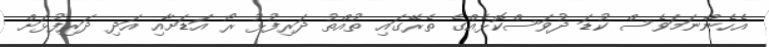
އެހެންނަމަވެސް ކުޑަ ދުވަސްކޮޅެއްގެ ތެރޭގައި ތުއްތު ދަރިފުޅު ރޯ އަޑަށާއި އަދި ދަރިފުޅަށް